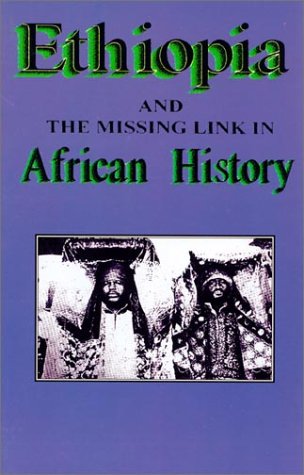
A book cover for Ethiopia & The Missing Link; Rev. Sterling M. Means; History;